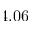
4 . 0 6